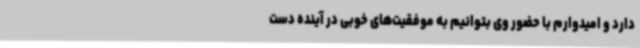
دارد و امیدوارم با حضور وی بتوانیم به موفقیت‌های خوبی در آینده دست